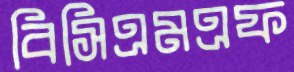
বিসিএমএফ